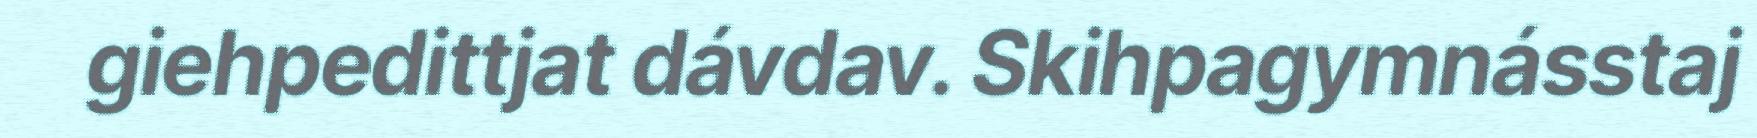
giehpedittjat dávdav. Skihpagymnásstaj